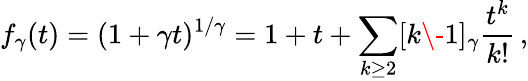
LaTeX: f_{\gamma}(t)=(1+\gamma t)^{1/\gamma}=1+t+\sum_{k\geq 2}[k\- 1]_{\gamma}\frac{t^{k}}{k!}\, ,